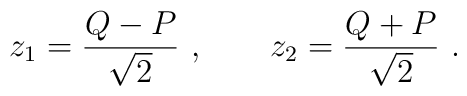
z_1=\frac{Q-P}{\sqrt{2}} \ ,\qquad z_2=\frac{Q+P}{\sqrt{2}} \ .